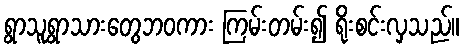
ရွာသူရွာသားတွေဘဝကား ကြမ်းတမ်း၍ ရိုးစင်းလှသည်။